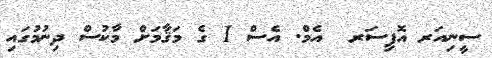
ސީނިއަރ އޮފިސަރ  އެމް. އެސް 1 ގެ މަޤާމަށް މާކުސް ދިނުމުގައި